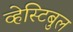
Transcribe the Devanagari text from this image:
व्हेस्टिबुल